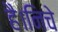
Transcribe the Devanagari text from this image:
है।निचे